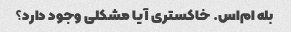
بله ام‌اس. خاکستری آیا مشکلی وجود دارد؟